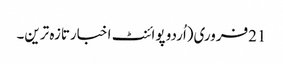
21فروری(اُردو پوائنٹ اخبارتازہ ترین۔